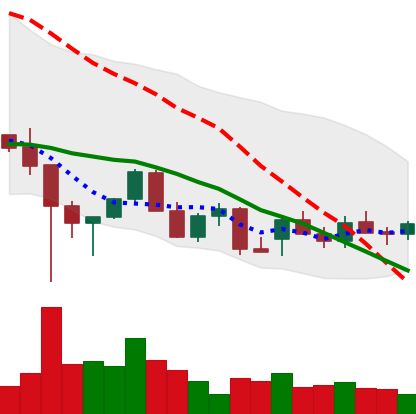
Ticker: LINK-USD
Chart end date: 2021-12-21
Forward return: 18.276%
Label: up_7plus